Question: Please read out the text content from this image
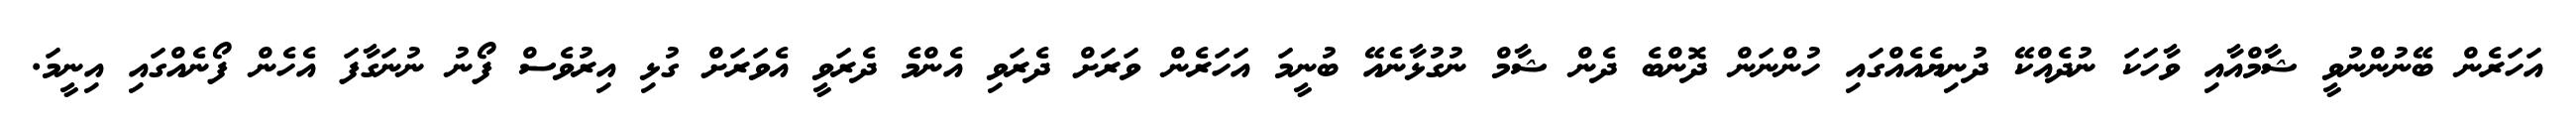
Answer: އަހަރެން ބޭނުންނުވީ ޝާމްއާއި ވާހަކަ ނުދެއްކޭ ދުނިޔެއެއްގައި ހުންނަން ދޮންބެ ދެން ޝާމް ނުގުޅާނެއޭ ބުނީމަ އަހަރެން ވަރަށް ދެރަވި އެންމެ ދެރަވީ އެވަރަށް ގުޅި އިރުވެސް ފޯނު ނުނަގާފަ އެހެން ފޯނެއްގައި އިނީމަ.